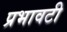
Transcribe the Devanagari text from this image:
प्रभावटी